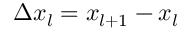
\Delta x _ { l } = x _ { l + 1 } - x _ { l }